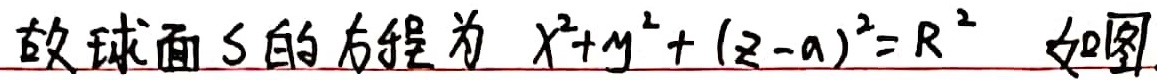
故球面\(S\)的方程为 \(x^{2}+y^{2}+(z - a)^{2}=R^{2}\) 如图